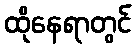
ထိုနေရာတွင်